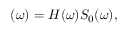
( \omega ) = H ( \omega ) S _ { 0 } ( \omega ) ,